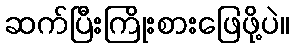
ဆက်ပြီးကြိုးစားဖြေဖို့ပဲ။